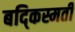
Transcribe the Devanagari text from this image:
बद्किस्मती